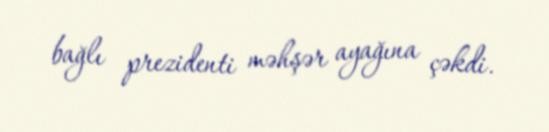
bağlı prezidenti məhşər ayağına çəkdi.